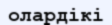
олардікі